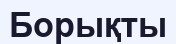
Борықты